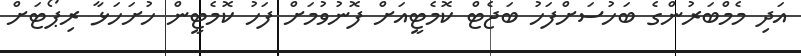
އަދި މެމްބަރުންގެ ބަހުސަށްފަހު ބަޖެޓް ކޮމެޓީއަށް ފޮނުވުމަށް ފަހު ކޮމެޓީން ހުށަހަޅާ ރިޕޯޓަށް